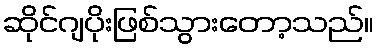
ဆိုင်ဂျပိုးဖြစ်သွားတော့သည်။